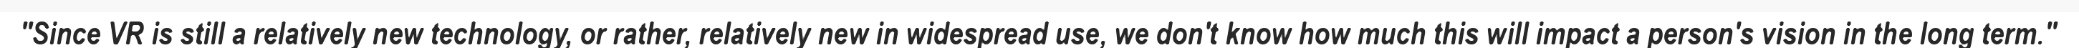
"Since VR is still a relatively new technology, or rather, relatively new in widespread use, we don't know how much this will impact a person's vision in the long term."